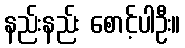
နည်းနည်း စောင့်ပါဦး။